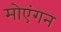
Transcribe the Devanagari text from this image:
मोएंगन